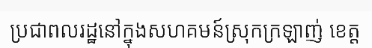
ប្រជាពលរដ្ឋនៅក្នុងសហគមន៍ស្រុកក្រឡាញ់ ខេត្ត